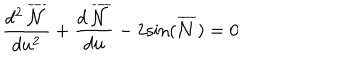
\frac { d ^ { 2 } \, \overline { { { \cal { N } } } } } { d u ^ { 2 } } + \frac { d \, \overline { { { \cal { N } } } } } { d u } - 2 { \sin } ( \overline { { { \cal { N } } } } ) = 0